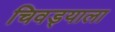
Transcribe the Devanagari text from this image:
चिवड्याला